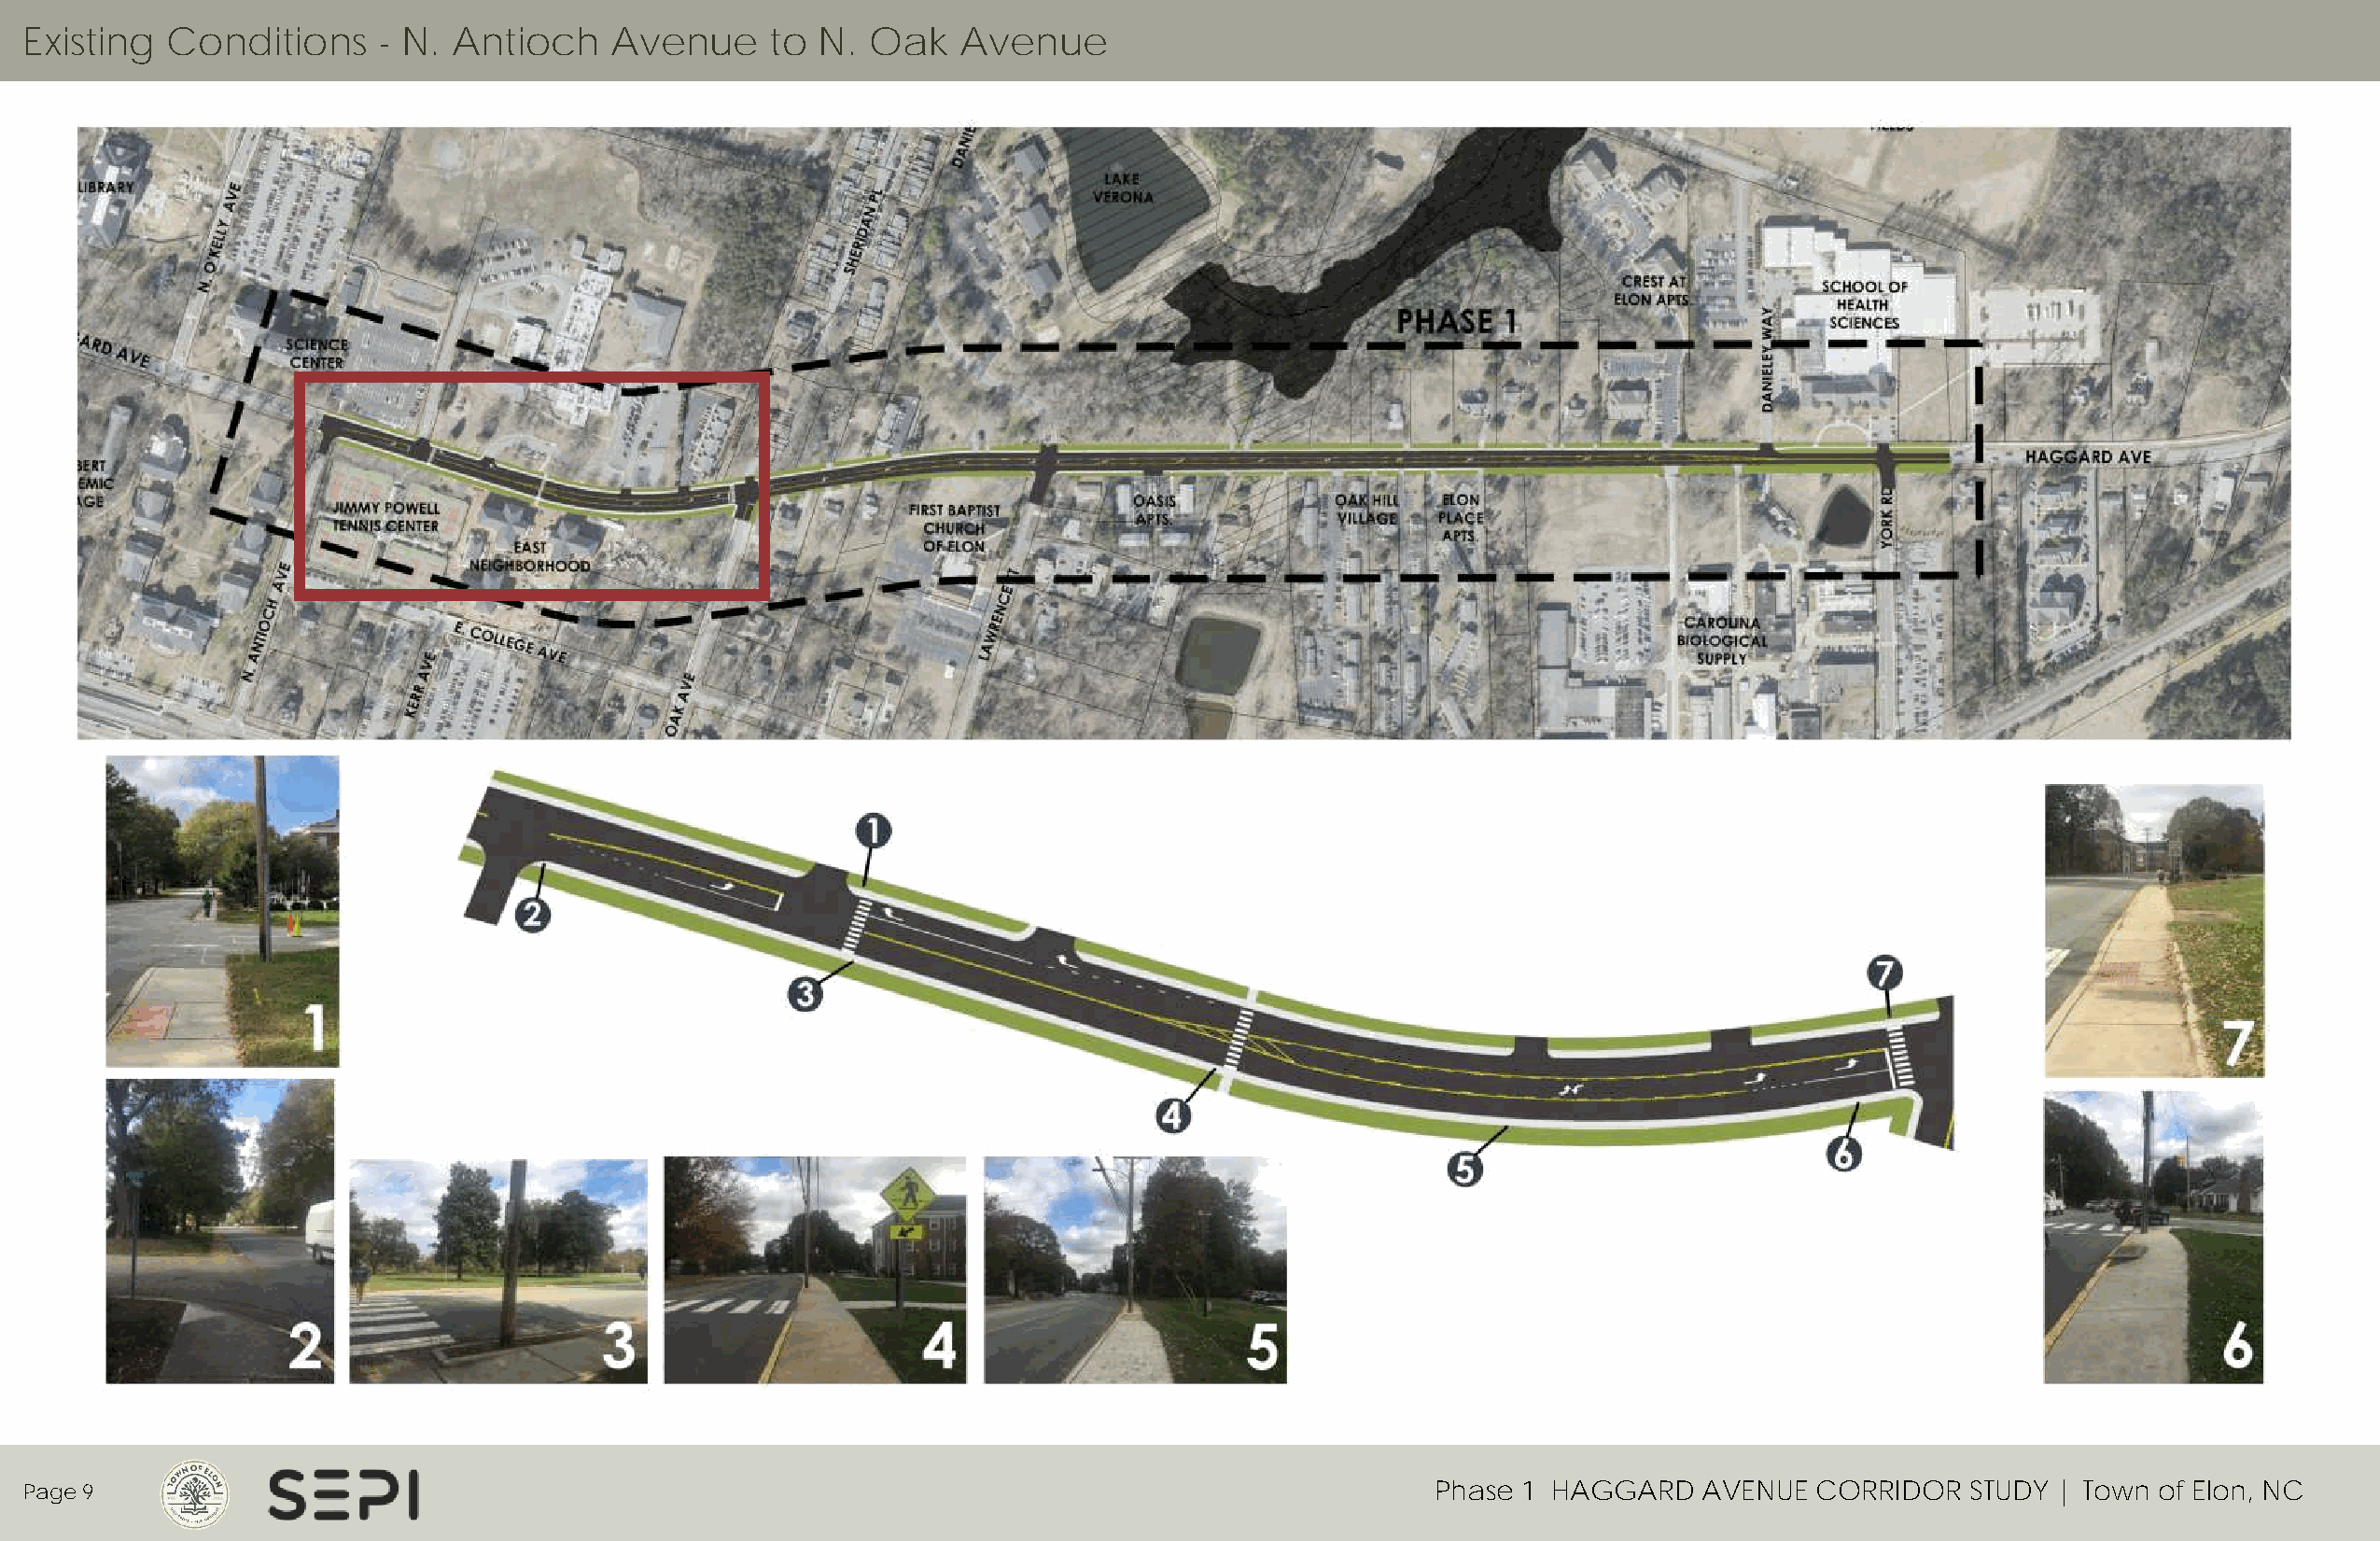
Existing  Conditions     - N. Antioch    Avenue      to N.  Oak   Avenue
 Page 9                                                                                              Phase 1 HAGGARD    AVENUE  CORRIDOR   STUDY | Town of Elon, NC